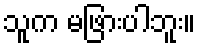
သူက မဖြားပါဘူး။